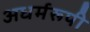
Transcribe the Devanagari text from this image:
अधर्मरूपी